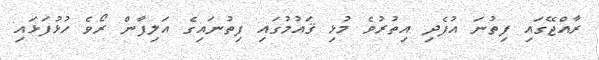
ރާއްޖޭގައި ފިތުނަ އުފެދި އިތުރުވެ މުޅި ޤައުމުގައި ފިތުނައިގެ އަލިފާން ރޯވެ ހުޅުފަޅައި